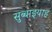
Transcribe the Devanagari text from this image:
सुब्बाइयाह